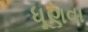
ધૂણવા